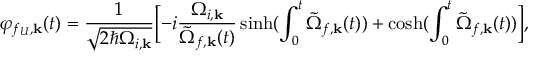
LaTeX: \varphi _ { f _ { U } , { \bf k } } ( t ) = \frac { 1 } { \sqrt { 2 \hbar \Omega _ { i , { \bf k } } } } \Bigl [ - i \frac { \Omega _ { i , { \bf k } } } { \tilde { \Omega } _ { f , { \bf k } } ( t ) } \sinh ( \int _ { 0 } ^ { t } \tilde { \Omega } _ { f , { \bf k } } ( t ) ) + \cosh ( \int _ { 0 } ^ { t } \tilde { \Omega } _ { f , { \bf k } } ( t ) ) \Bigr ] ,